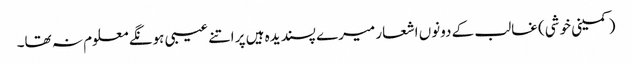
(کمینی خوشی) غالب کے دونوں اشعار میرے پسندیدہ ہیں پر اتنے عیبی ہونگے معلوم نہ تھا۔